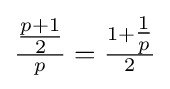
{\tfrac {\tfrac {p+1}{2}}{p}}={\tfrac {1+{\tfrac {1}{p}}}{2}}